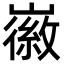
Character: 𫶛